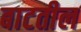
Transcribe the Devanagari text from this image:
बाटतील